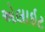
એલાઇટ